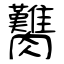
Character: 臡